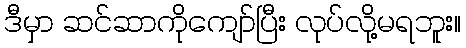
ဒီမှာ ဆင်ဆာကိုကျော်ပြီး လုပ်လို့မရဘူး။